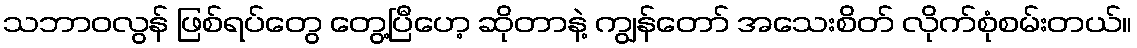
သဘာဝလွန် ဖြစ်ရပ်တွေ တွေ့ပြီဟေ့ ဆိုတာနဲ့ ကျွန်တော် အသေးစိတ် လိုက်စုံစမ်းတယ်။